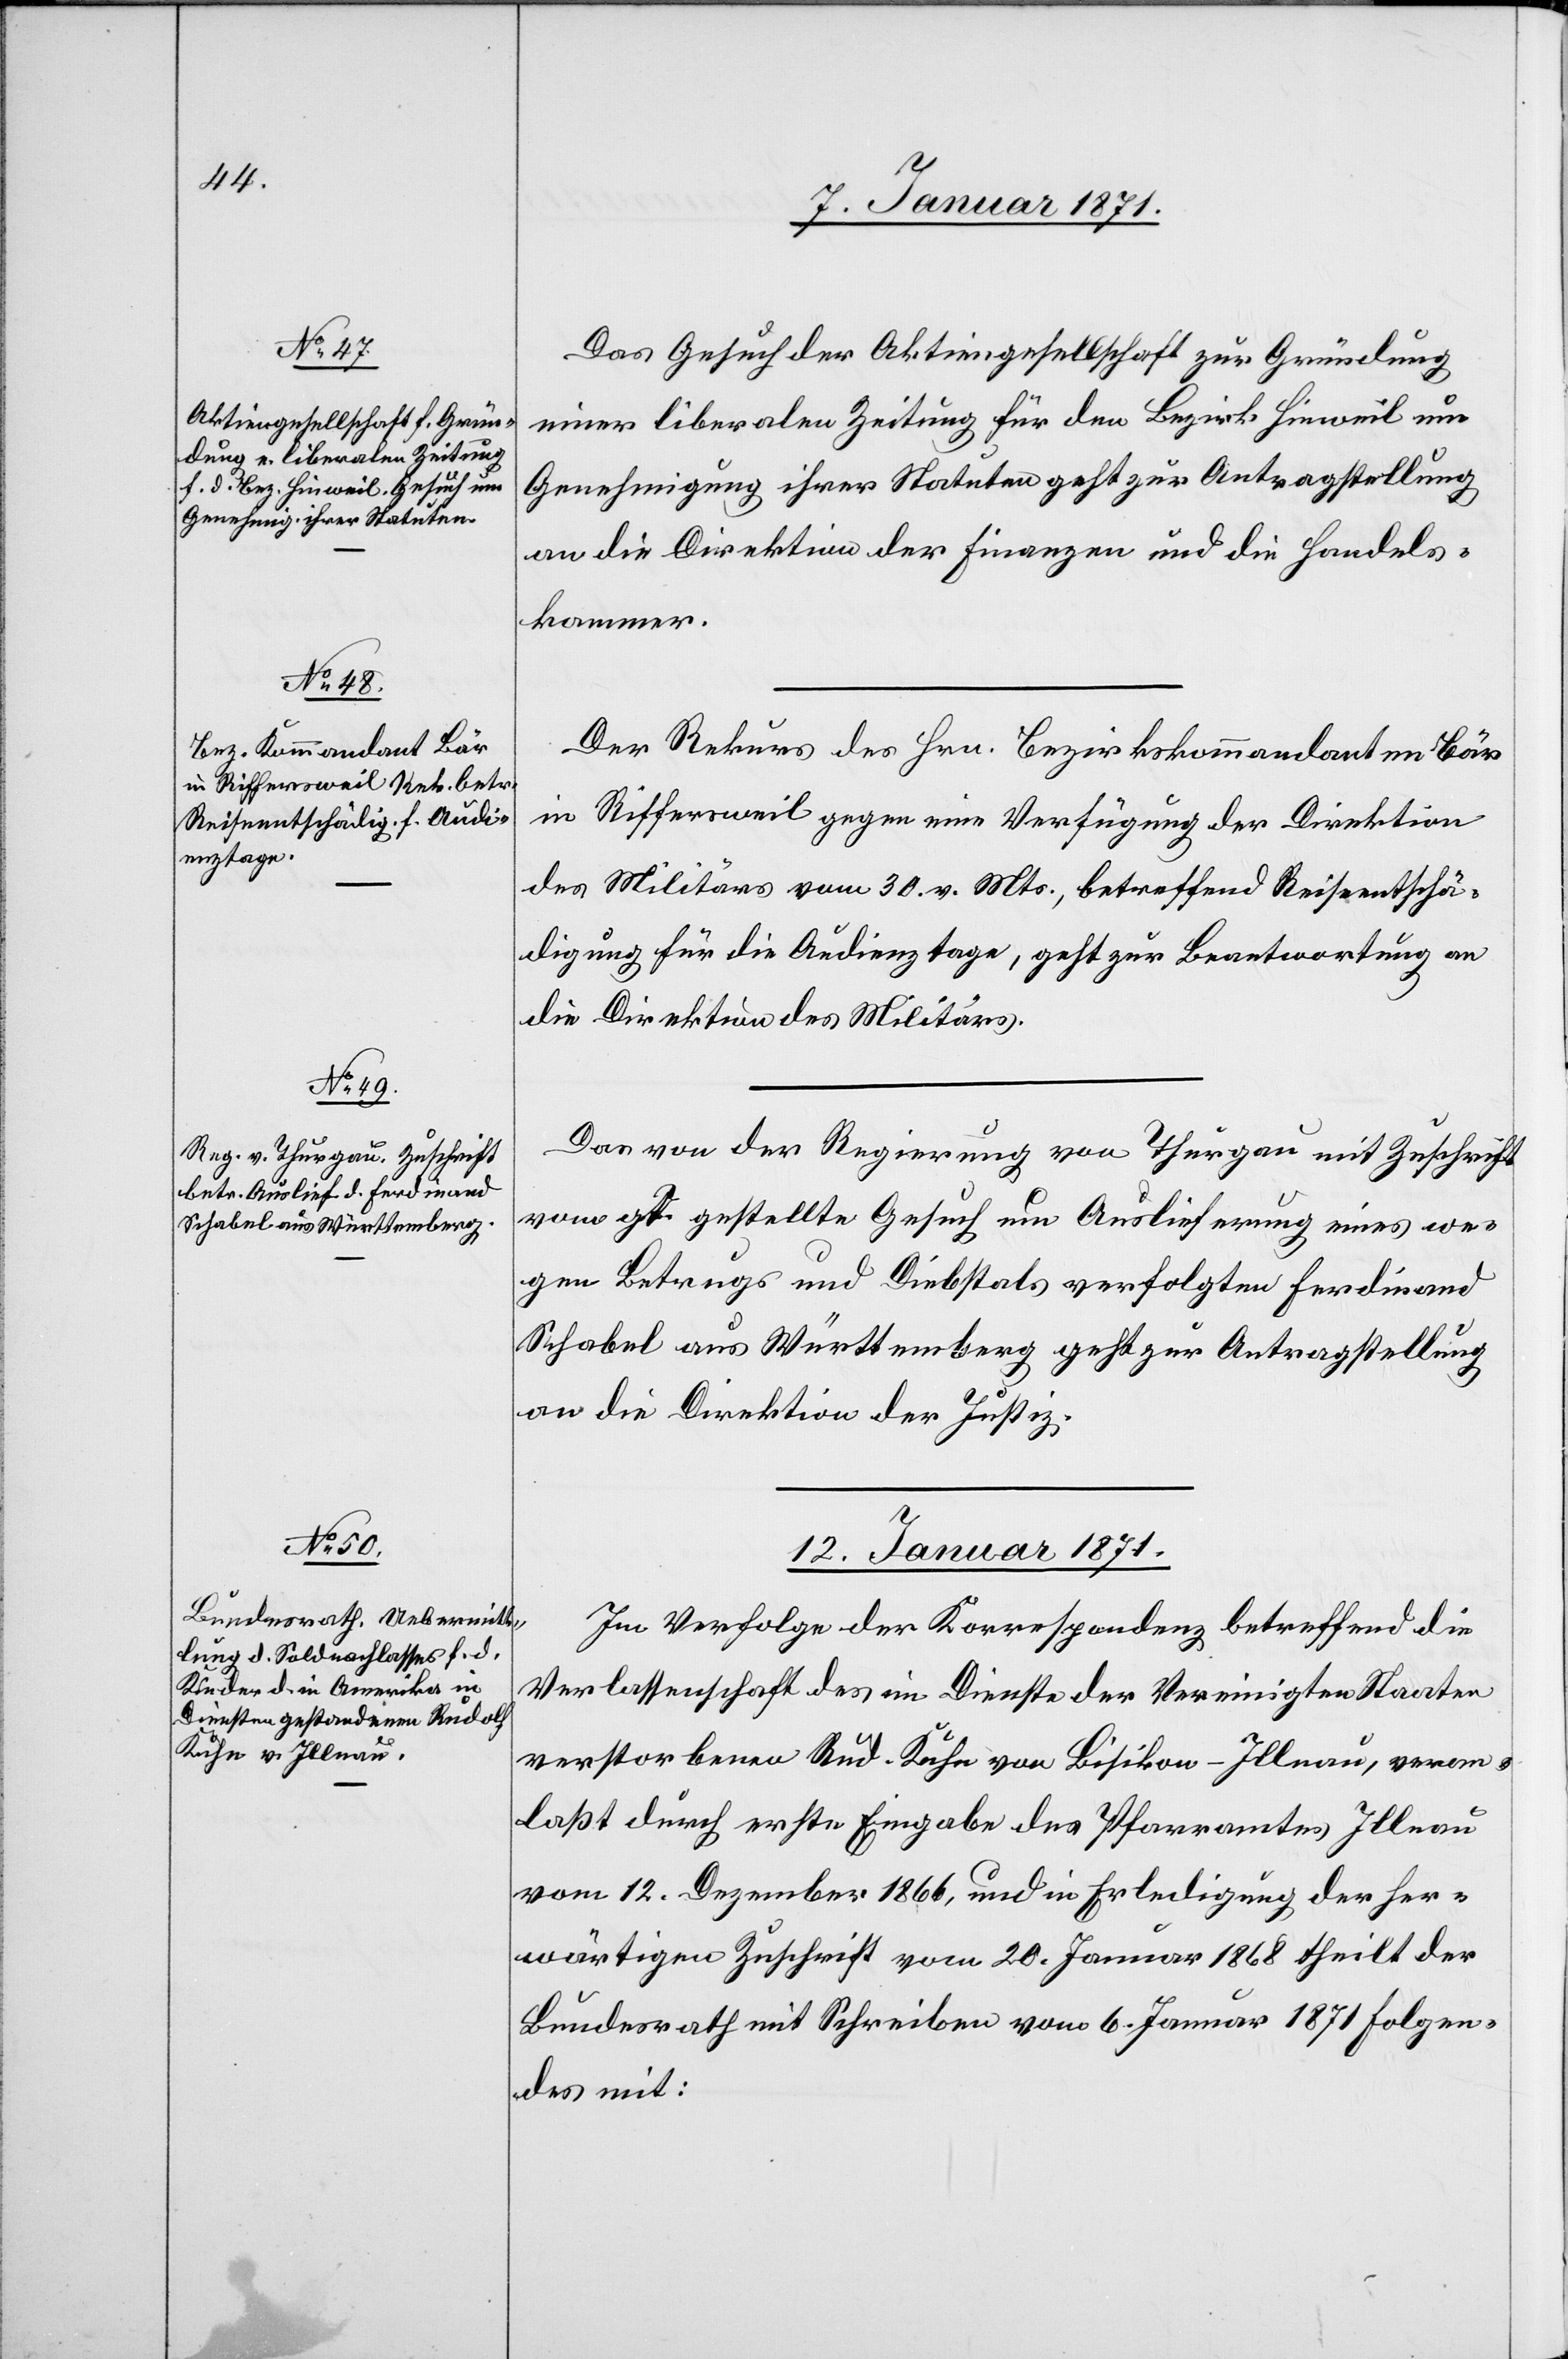
11. Januar 1871.]
Das Gesuch der Aktiengesellschaft zur Gründung
einer liberalen Zeitung für den Bezirk Hinweil um
Genehmigung ihrer Statuten geht zur Antragstellung
an die Direktion der Finanzen und die Handels¬
kammer.
Der Rekurs des Hrn. Bezirkskommandanten Bär
in Riffersweil gegen eine Verfügung der Direktion
des Militärs vom 30. v. Mts., betreffend Reiseentschä¬
digung für die Audienztage, geht zur Beantwortung an
die Direktion des Militärs.
Das von der Regierung von Thurgau mit Zuschrift
vom g. T. gestellte Gesuch um Auslieferung eines we¬
gen Betrugs und Diebstals verfolgten Ferdinand
Schabel aus Württemberg geht zur Antragstellung
an die Direktion der Justiz.
12. Januar 1871.
Im Verfolge der Korrespondenz betreffend die
Verlassenschaft des im Dienste der Vereinigten Staaten
verstorbenen Rud. Kuhn von Bisikon-Illnau, veran¬
laßt durch erste Eingabe des Pfarramtes Illnau
vom 12. Dezember 1866, und in Erledigung der her¬
wärtigen Zuschrift vom 20. Januar 1868 theilt der
Bundesrath mit Schreiben vom 6. Januar 1871 folgen¬
des mit: